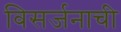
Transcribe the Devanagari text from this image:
विसर्जनाची